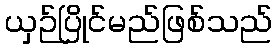
ယှဉ်ပြိုင်မည်ဖြစ်သည်